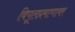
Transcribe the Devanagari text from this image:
विपूलप्रमाणावर